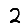
Digit: 2